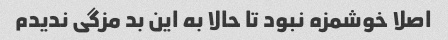
اصلا خوشمزه نبود تا حالا به این بد مزگی ندیدم